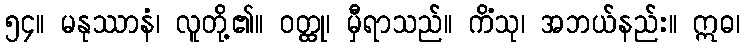
၅၄။ မနုဿာနံ၊ လူတို့၏။ ဝတ္ထု၊ မှီရာသည်။ ကိံသု၊ အဘယ်နည်း။ ဣဓ၊